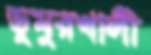
ডুমুরখালী